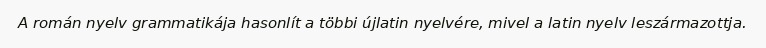
A román nyelv grammatikája hasonlít a többi újlatin nyelvére, mivel a latin nyelv leszármazottja.